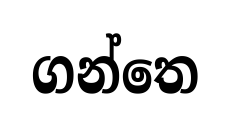
ගන්තෙ